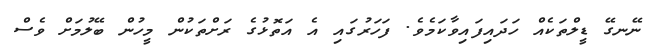
ނޭނގޭ ޑީލްތަކެއް ހަދައިފައިވާކަމެވެ. ފަހަރުގައި އެ އަތޮޅުގެ ރަށްތަކުން މީހުން ބޭލުމަށް ވެސް